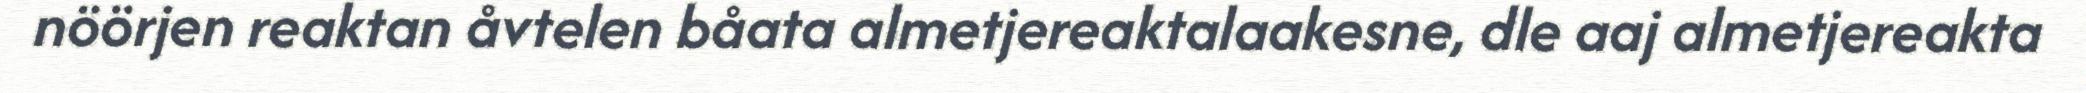
nöörjen reaktan åvtelen båata almetjereaktalaakesne, dle aaj almetjereakta